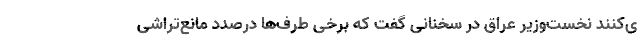
ی‌کنند نخست‌وزیر عراق در سخنانی گفت که برخی طرف‌ها درصدد مانع‌تراشی